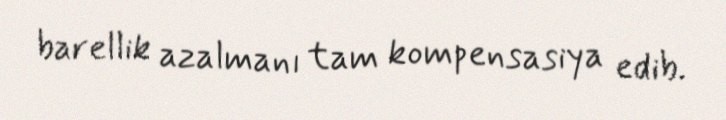
barellik azalmanı tam kompensasiya edib.